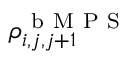
\rho _ { i , j , j + 1 } ^ { \mathrm { ~ b ~ M ~ P ~ S ~ } }